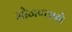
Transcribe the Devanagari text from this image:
मोजण्याने